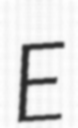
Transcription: E